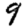
Digit: 9